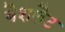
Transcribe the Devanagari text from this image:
बैशलैट